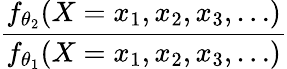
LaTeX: \frac{f_{\theta_{2}}(X=x_{1},x_{2},x_{3},\dots)}{f_{\theta_{1}}(X=x_{1},x_{2},x_{3},\dots)}